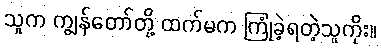
သူက ကျွန်တော်တို့ ထက်မက ကြုံခဲ့ရတဲ့သူကိုး။